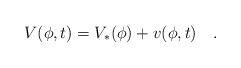
LaTeX: \begin{align*}V(\phi,t)=V_*(\phi)+v(\phi,t)\quad.\end{align*}